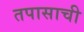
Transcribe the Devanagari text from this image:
तपासाची